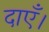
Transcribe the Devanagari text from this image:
दाएँ।